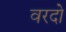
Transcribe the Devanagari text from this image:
वरदो